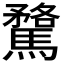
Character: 𮪘